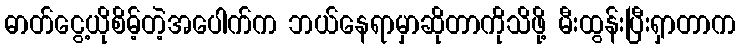
ဓာတ်ငွေ့ယိုစိမ့်တဲ့အပေါက်က ဘယ်နေရာမှာဆိုတာကိုသိဖို့ မီးထွန်းပြီးရှာတာက